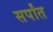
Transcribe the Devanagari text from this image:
सर्पांत